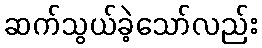
ဆက်သွယ်ခဲ့သော်လည်း